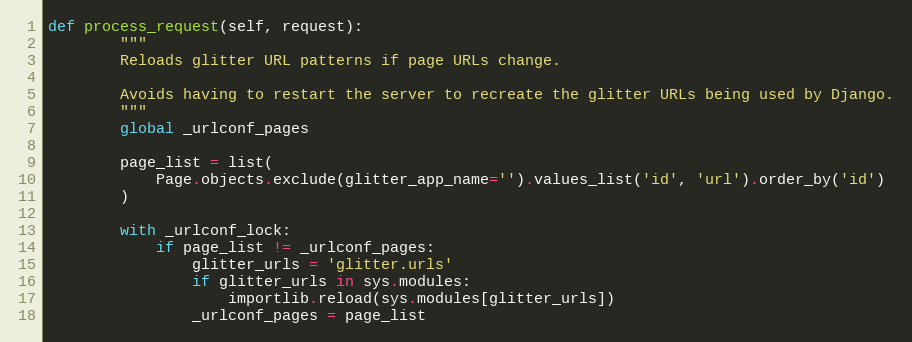
Language: Python
def process_request(self, request):
        """
        Reloads glitter URL patterns if page URLs change.

        Avoids having to restart the server to recreate the glitter URLs being used by Django.
        """
        global _urlconf_pages

        page_list = list(
            Page.objects.exclude(glitter_app_name='').values_list('id', 'url').order_by('id')
        )

        with _urlconf_lock:
            if page_list != _urlconf_pages:
                glitter_urls = 'glitter.urls'
                if glitter_urls in sys.modules:
                    importlib.reload(sys.modules[glitter_urls])
                _urlconf_pages = page_list